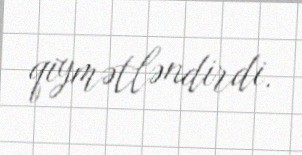
qiymətləndirdi.